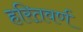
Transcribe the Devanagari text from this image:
हरितवर्ण